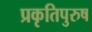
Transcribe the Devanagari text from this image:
प्रकृतिपुरुष